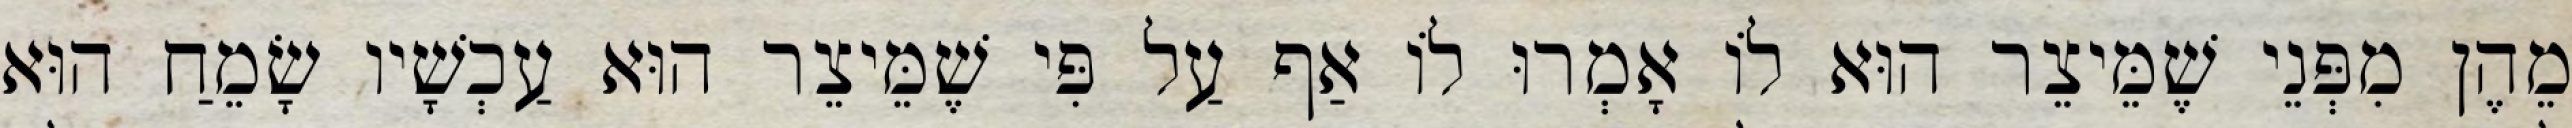
מֵהֶן מִפְּנֵי שֶׁמֵּיצֵר הוּא לוֹ אָמְרוּ לוֹ אַף עַל פִּי שֶׁמֵּיצֵר הוּא עַכְשָׁיו שָׂמֵחַ הוּא